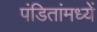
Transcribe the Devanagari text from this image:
पंडितांमध्यें